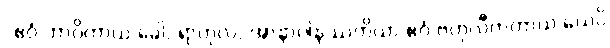
“ဧဝံ ဘာဝိတာယ ခေါ, ရာဟုလ, အာနာပါနဿတိယာ ဧဝံ ဗဟုလီကတာယ ယေပိ